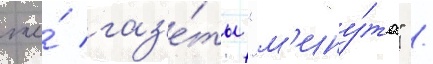
же́ газ'е́ты "м'ину́та" /